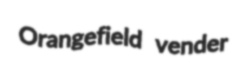
Orangefield vender